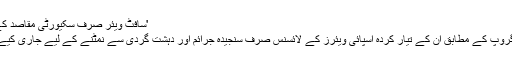
'سافٹ ویئر صرف سکیورٹی مقاصد کے لیے ہے‘
این ایس او گروپ کے مطابق ان کے تیار کردہ اسپائی ویئرز کے لائسنس صرف سنجیدہ جرائم اور دہشت گردی سے نمٹنے کے لیے جاری کیے جاتے ہیں۔